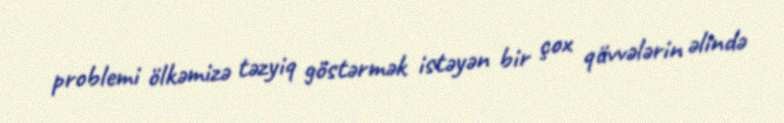
problemi ölkəmizə təzyiq göstərmək istəyən bir çox qüvvələrin əlində